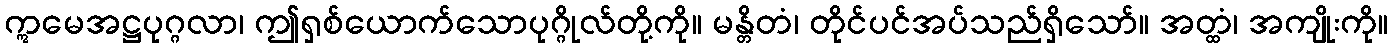
ဣမေအဋ္ဌပုဂ္ဂလာ၊ ဤရှစ်ယောက်သောပုဂ္ဂိုလ်တို့ကို။ မန္တိတံ၊ တိုင်ပင်အပ်သည်ရှိသော်။ အတ္ထံ၊ အကျိုးကို။